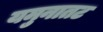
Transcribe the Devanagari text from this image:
यमुनातट